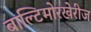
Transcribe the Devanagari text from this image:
बाल्टिमोरखेरीज